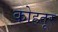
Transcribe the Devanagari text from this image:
कोहतूर